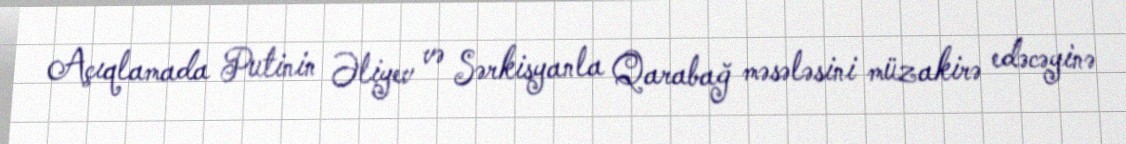
Açıqlamada Putinin Əliyev və Sərkisyanla Qarabağ məsələsini müzakirə edəcəyinə